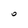
Character: 0